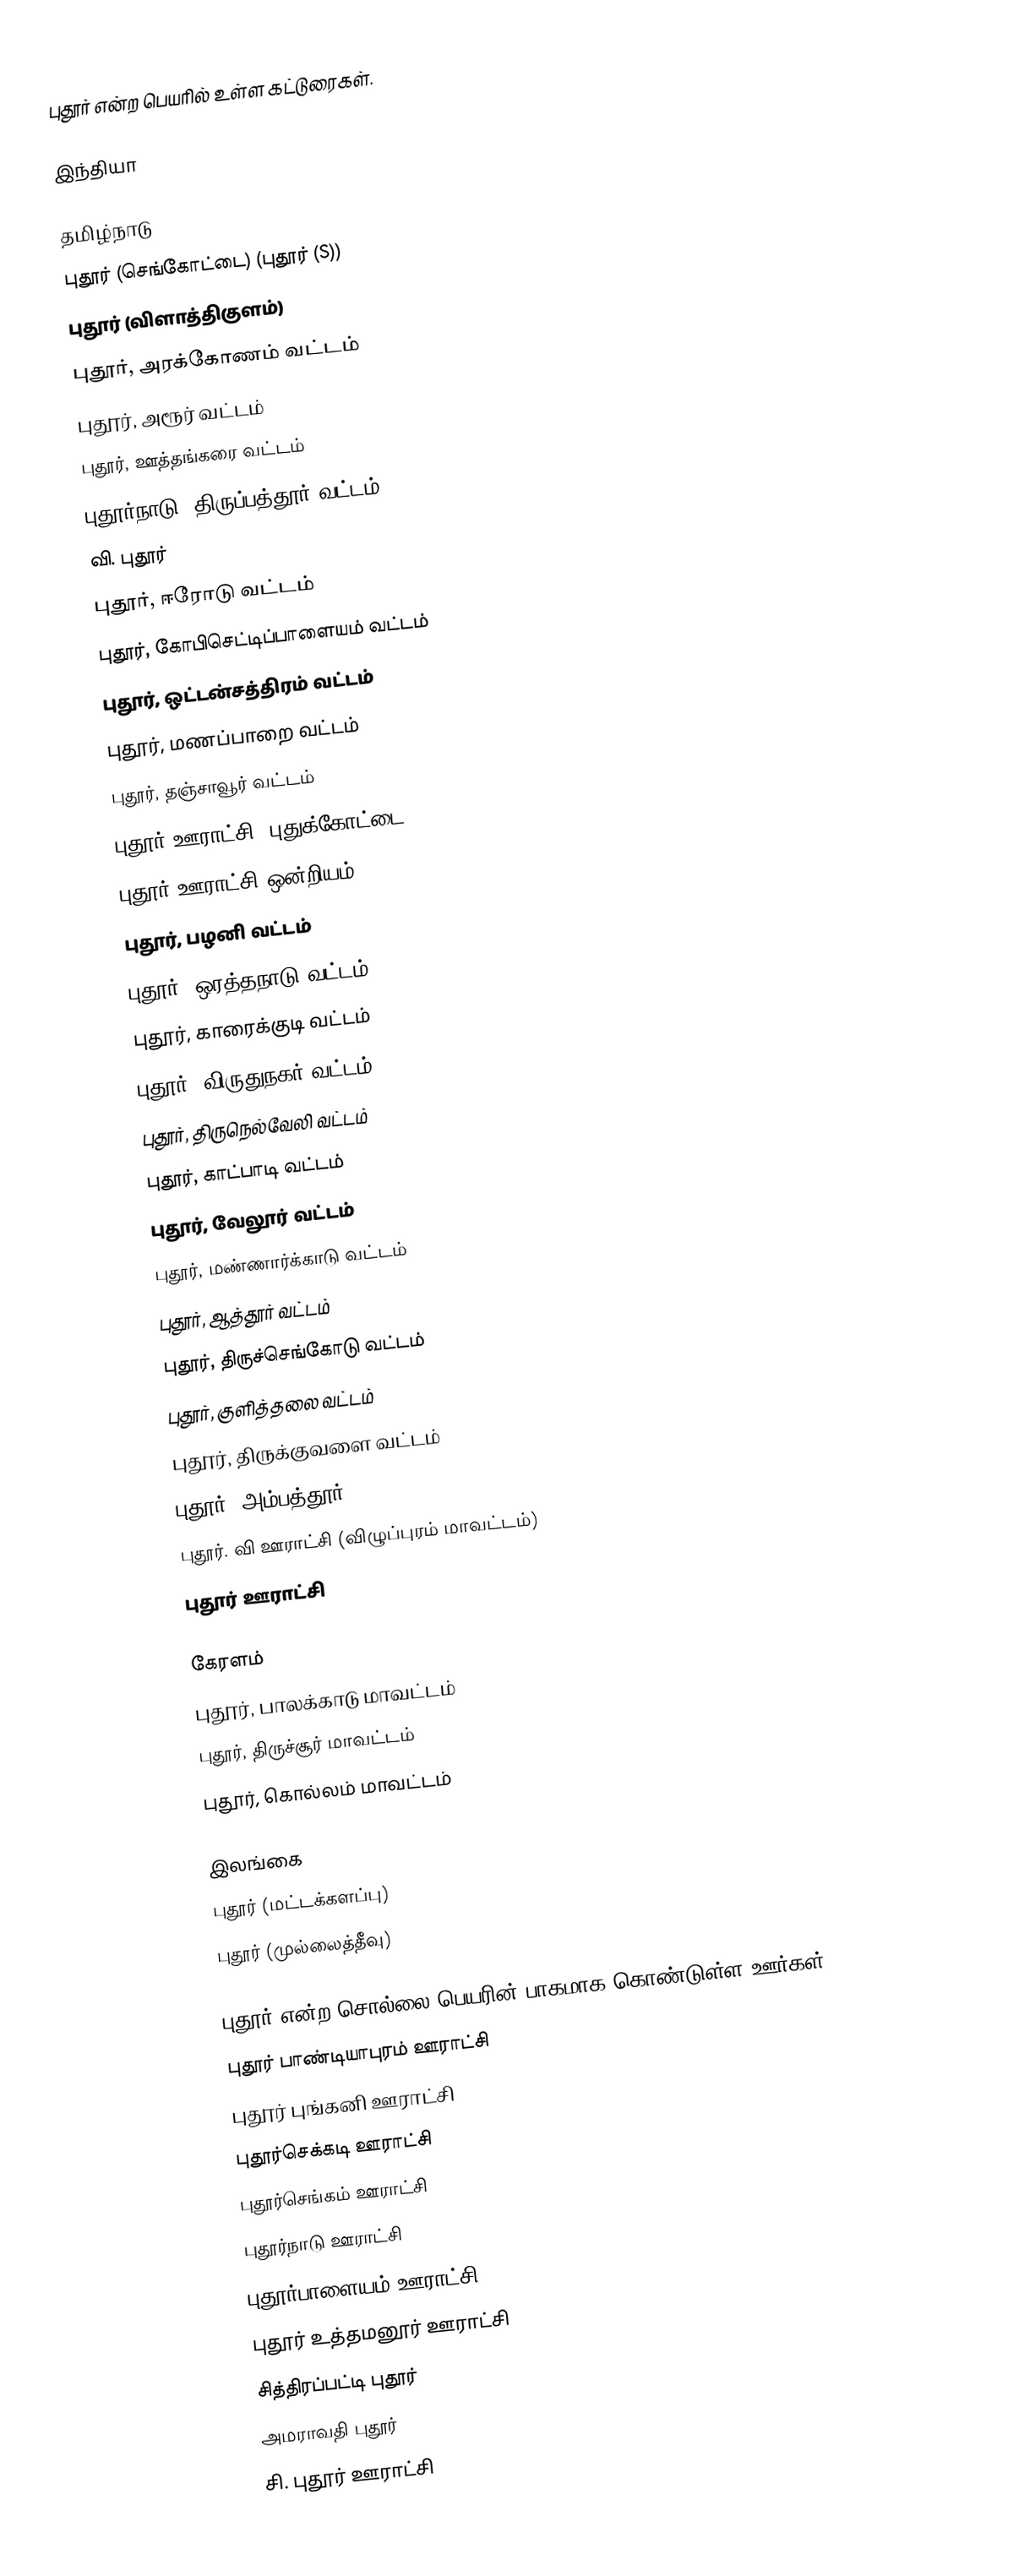
புதூர் என்ற பெயரில் உள்ள கட்டுரைகள்.

இந்தியா

தமிழ்நாடு
 புதூர் (செங்கோட்டை) (புதூர் (S))
 புதூர் (விளாத்திகுளம்)
 புதூர், அரக்கோணம் வட்டம்
 புதூர், அரூர் வட்டம்
 புதூர், ஊத்தங்கரை வட்டம்
 புதூர்நாடு, திருப்பத்தூர் வட்டம்
 வி. புதூர்
 புதூர், ஈரோடு வட்டம்
 புதூர், கோபிசெட்டிப்பாளையம் வட்டம்
 புதூர், ஒட்டன்சத்திரம் வட்டம்
 புதூர், மணப்பாறை வட்டம்
 புதூர், தஞ்சாவூர் வட்டம்
 புதூர் ஊராட்சி (புதுக்கோட்டை)
 புதூர் ஊராட்சி ஒன்றியம்
 புதூர், பழனி வட்டம்
 புதூர், ஒரத்தநாடு வட்டம்
 புதூர், காரைக்குடி வட்டம்
 புதூர், விருதுநகர் வட்டம்
 புதூர், திருநெல்வேலி வட்டம்
 புதூர், காட்பாடி வட்டம்
 புதூர், வேலூர் வட்டம்
 புதூர், மண்ணார்க்காடு வட்டம்
 புதூர், ஆத்தூர் வட்டம்
 புதூர், திருச்செங்கோடு வட்டம்
 புதூர், குளித்தலை வட்டம்
 புதூர், திருக்குவளை வட்டம்
 புதூர், அம்பத்தூர்
 புதூர். வி ஊராட்சி (விழுப்புரம் மாவட்டம்)
 புதூர் ஊராட்சி

கேரளம்
 புதூர், பாலக்காடு மாவட்டம்
 புதூர், திருச்சூர் மாவட்டம்
 புதூர், கொல்லம் மாவட்டம்

இலங்கை
 புதூர் (மட்டக்களப்பு)
 புதூர் (முல்லைத்தீவு)

புதூர் என்ற சொல்லை பெயரின் பாகமாக கொண்டுள்ள ஊர்கள்:
 புதூர் பாண்டியாபுரம் ஊராட்சி
 புதூர் புங்கனி ஊராட்சி
 புதூர்செக்கடி ஊராட்சி
 புதூர்செங்கம் ஊராட்சி
 புதூர்நாடு ஊராட்சி
 புதூர்பாளையம் ஊராட்சி
 புதூர் உத்தமனூர் ஊராட்சி
 சித்திரப்பட்டி புதூர்
 அமராவதி புதூர்
 சி. புதூர் ஊராட்சி